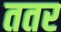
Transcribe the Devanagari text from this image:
ततर